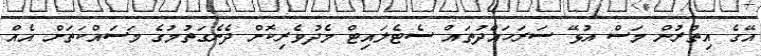
އޭގެ އިތުރުން މަސް އުޅޭ ސަރަހައްދުތައް ސެޓެލައިޓް މެދުވެރިކޮށް ދެނެގަތުމުގެ މަސައްކަތަށް އެއް